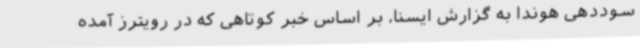
سوددهی هوندا به گزارش ایسنا، بر اساس خبر کوتاهی که در رویترز آمده